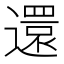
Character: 還